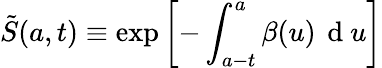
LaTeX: \tilde{S}(a,t)\equiv\exp\left[-\int_{a-t}^{a}{\beta(u)\, \mathrm{~d~}u}\right]